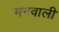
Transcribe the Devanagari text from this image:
मनवाली